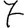
Digit: 7